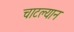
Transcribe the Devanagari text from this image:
चाटल्यान